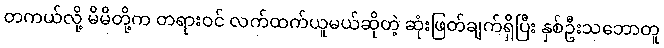
တကယ်လို့ မိမိတို့က တရားဝင် လက်ထက်ယူမယ်ဆိုတဲ့ ဆုံးဖြတ်ချက်ရှိပြီး နှစ်ဦးသဘောတူ